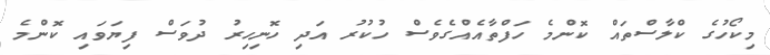
މިކޯހުގެ ކްލާސްތައް ކޮންމެ ހަފްތާއެއްގެވެސް ހުކުރު އަދި ހޮނިހިރު ދުވަސް ފިޔަވައި ކޮންމެ